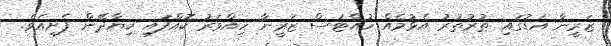
ޒަރީނާ އަޑުގައި ތުރުތުރު އެޅުމެެއް ހުއްޓަސް ޒަރީނާ ހިއްވަރު ކޮއްފަައި ކިޔާދޭން ފެށިއެވެ.